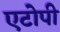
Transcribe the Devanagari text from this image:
एटोपी